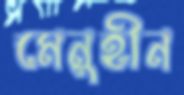
মেনুহীন